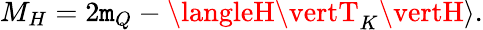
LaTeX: M_{H}=2\mathtt{m}_{Q}-\langleH\vertT_{K}\vertH\rangle.